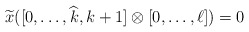
\begin{align*} \widetilde{x}([0,\ldots, \widehat{k}, k+1]\otimes [0,\ldots, \ell])=0 \end{align*}